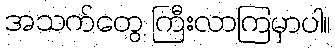
အသက်တွေ ကြီးလာကြမှာပါ။